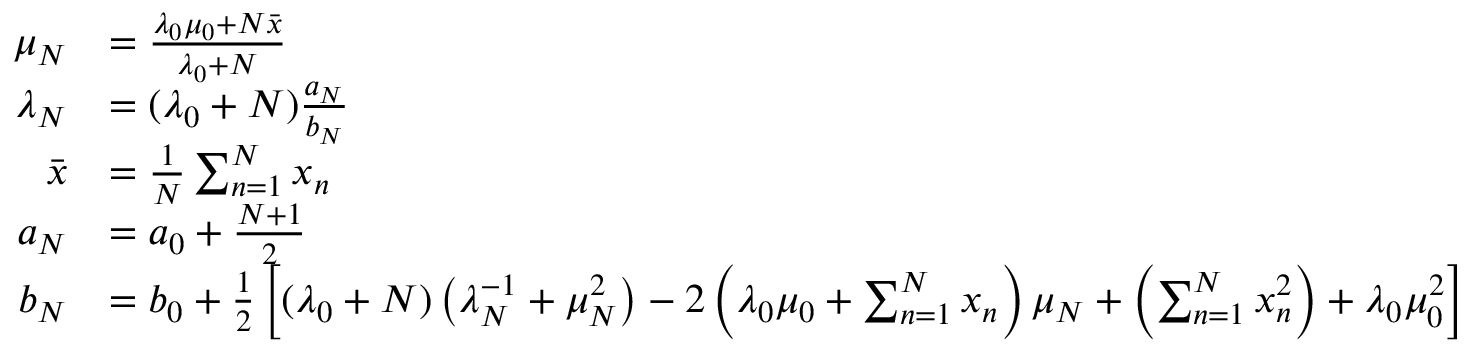
{ \begin{array} { r l } { \mu _ { N } } & { = { \frac { \lambda _ { 0 } \mu _ { 0 } + N { \bar { x } } } { \lambda _ { 0 } + N } } } \\ { \lambda _ { N } } & { = ( \lambda _ { 0 } + N ) { \frac { a _ { N } } { b _ { N } } } } \\ { { \bar { x } } } & { = { \frac { 1 } { N } } \sum _ { n = 1 } ^ { N } x _ { n } } \\ { a _ { N } } & { = a _ { 0 } + { \frac { N + 1 } { 2 } } } \\ { b _ { N } } & { = b _ { 0 } + { \frac { 1 } { 2 } } \left[ ( \lambda _ { 0 } + N ) \left( \lambda _ { N } ^ { - 1 } + \mu _ { N } ^ { 2 } \right) - 2 \left( \lambda _ { 0 } \mu _ { 0 } + \sum _ { n = 1 } ^ { N } x _ { n } \right) \mu _ { N } + \left( \sum _ { n = 1 } ^ { N } x _ { n } ^ { 2 } \right) + \lambda _ { 0 } \mu _ { 0 } ^ { 2 } \right] } \end{array} }